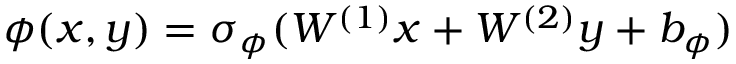
\phi ( x , y ) = \sigma _ { \phi } ( W ^ { ( 1 ) } x + W ^ { ( 2 ) } y + b _ { \phi } )